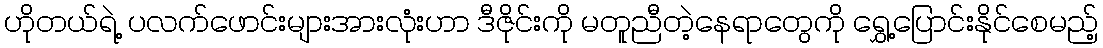
ဟိုတယ်ရဲ့ ပလက်ဖောင်းများအားလုံးဟာ ဒီဇိုင်းကို မတူညီတဲ့နေရာတွေကို ရွှေ့ပြောင်းနိုင်စေမည့်